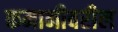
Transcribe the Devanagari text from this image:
कमानीवरील